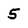
Character: 5